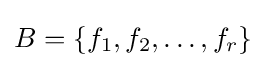
B=\{f_{1},f_{2},\ldots ,f_{r}\}